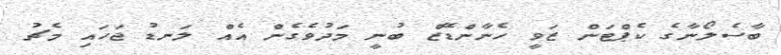
ބާސެލޯނާގެ ކެޕްޓަން ޒަވީ ހެނާންޑޭޒް ބުނީ މަދުވެގެން އެއް ލަނޑު ޖަހައި މެޗު